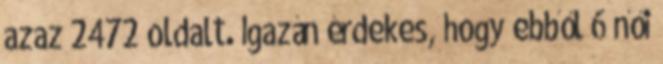
azaz 2472 oldalt. Igazán érdekes, hogy ebből 6 női